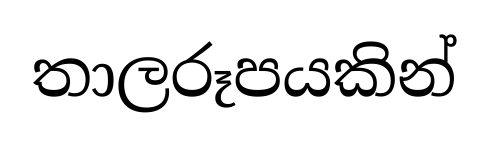
තාලරූපයකින්